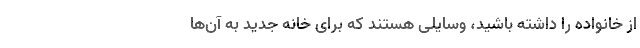
از خانواده را داشته باشید، وسایلی هستند که برای خانه جدید به آن‌ها